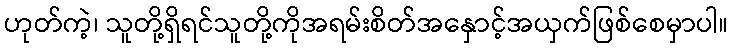
ဟုတ်ကဲ့၊ သူတို့ရှိရင်သူတို့ကိုအရမ်းစိတ်အနှောင့်အယှက်ဖြစ်စေမှာပါ။